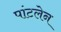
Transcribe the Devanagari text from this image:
पांटलेन